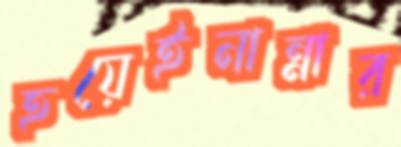
হয়েইনান্নার